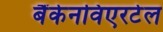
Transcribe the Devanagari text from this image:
बैंकेनविएरटेल